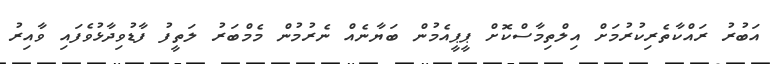
އަބުރު ރައްކާތެރިކުރުމަށް އިލްތިމާސްކޮށް ޕީޕީއެމުން ބަޔާނެއް ނެރުމުން މެމްބަރު ލަތީފު ފާޑުވިދާޅުވެފައި ވާއިރު